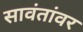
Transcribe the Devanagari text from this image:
सावंतांवर